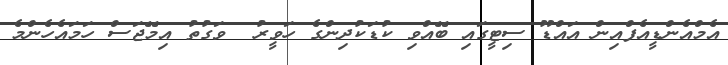
އެމްއެންޑީއެފްއިން އައްޑޫ ސިޓީގައި ބޭއްވި ކުޑަކުދިންގެ ހަވީރު  ވަގުތު އިމޭޖަސް ހަމައެހެންމެ